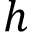
h